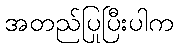
အတည်ပြုပြီးပါက